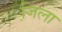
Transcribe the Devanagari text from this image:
जि़ला